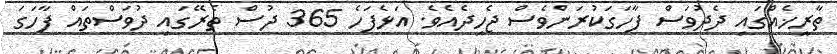
ތާރީޚެއްގައި ދެދުވަސް ފާހަގަކުރަންވެސް ޖެހިދެއެވެ. އަޅެފަހެ 365 ދުސް ތެރޭގައި ދުވަސްތައް ފާހަގަ